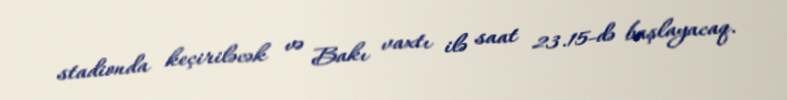
stadionda keçiriləcək və Bakı vaxtı ilə saat 23.15-də başlayacaq.